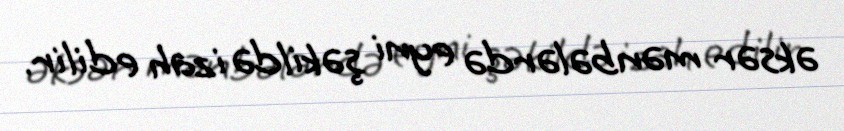
əksər mənbələrdə eyni şəkildə izah edilir.